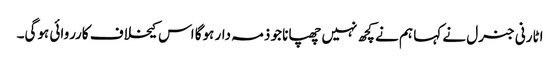
اٹارنی جنرل نے کہا ہم نے کچھ نہیں چھپانا جو ذمہ دار ہوگا اس کیخلاف کارروائی ہوگی۔